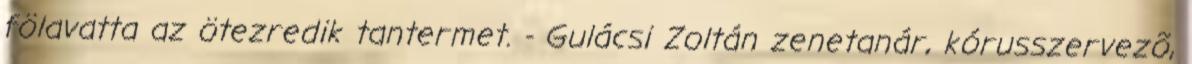
fölavatta az ötezredik tantermet. - Gulácsi Zoltán zenetanár, kórusszervezõ,